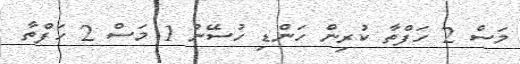
މަސް 2 ހަފްތާ ކުރިން ހަންޑި ހުސޭނު 1 މަސް 2 ހަފްތާ